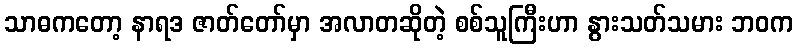
သာဓကတော့ နာရဒ ဇာတ်တော်မှာ အလာတဆိုတဲ့ စစ်သူကြီးဟာ နွားသတ်သမား ဘဝက